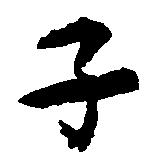
子